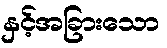
နှင့်အခြားသော